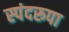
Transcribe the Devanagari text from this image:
स्पंदरूपा